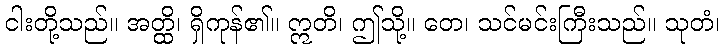
ငါးတို့သည်။ အတ္ထိ၊ ရှိကုန်၏။ ဣတိ၊ ဤသို့။ တေ၊ သင်မင်းကြီးသည်။ သုတံ၊